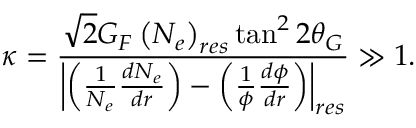
\kappa = \frac { \sqrt { 2 } G _ { F } \left( N _ { e } \right) _ { r e s } \tan ^ { 2 } 2 \theta _ { G } } { \left| \left( \frac { 1 } { N _ { e } } \frac { d N _ { e } } { d r } \right) - \left( \frac { 1 } { \phi } \frac { d \phi } { d r } \right) \right| _ { r e s } } \gg 1 .